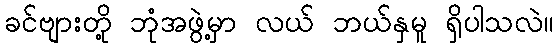
ခင်ဗျားတို့ ဘုံအဖွဲ့မှာ လယ် ဘယ်နှမူ ရှိပါသလဲ။